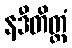
နဒီတိတ္ထံ